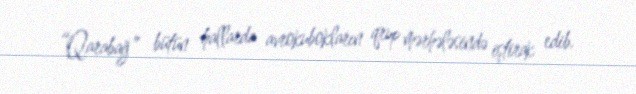
“Qarabağ” bütün hallarda avrokubokların qrup mərhələsində iştirak edib.